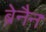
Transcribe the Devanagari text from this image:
ब्रेनैन